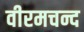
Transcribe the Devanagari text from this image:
वीरमचन्द